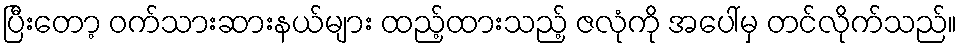
ပြီးတော့ ဝက်သားဆားနယ်များ ထည့်ထားသည့် ဇလုံကို အပေါ်မှ တင်လိုက်သည်။